Problem: 9 × 4 = ?
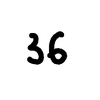
Handwritten answer: 36